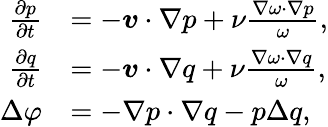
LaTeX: \begin{array}{rl}{\frac{\partial p}{\partial t}}&{=-\boldsymbol{v}\cdot\nabla p+\nu\frac{\nabla\omega\cdot\nabla p}{\omega},}\\ {\frac{\partial q}{\partial t}}&{=-\boldsymbol{v}\cdot\nabla q+\nu\frac{\nabla\omega\cdot\nabla q}{\omega},}\\ {\Delta\varphi}&{=-\nabla p\cdot\nabla q-p\Delta q,}\end{array}